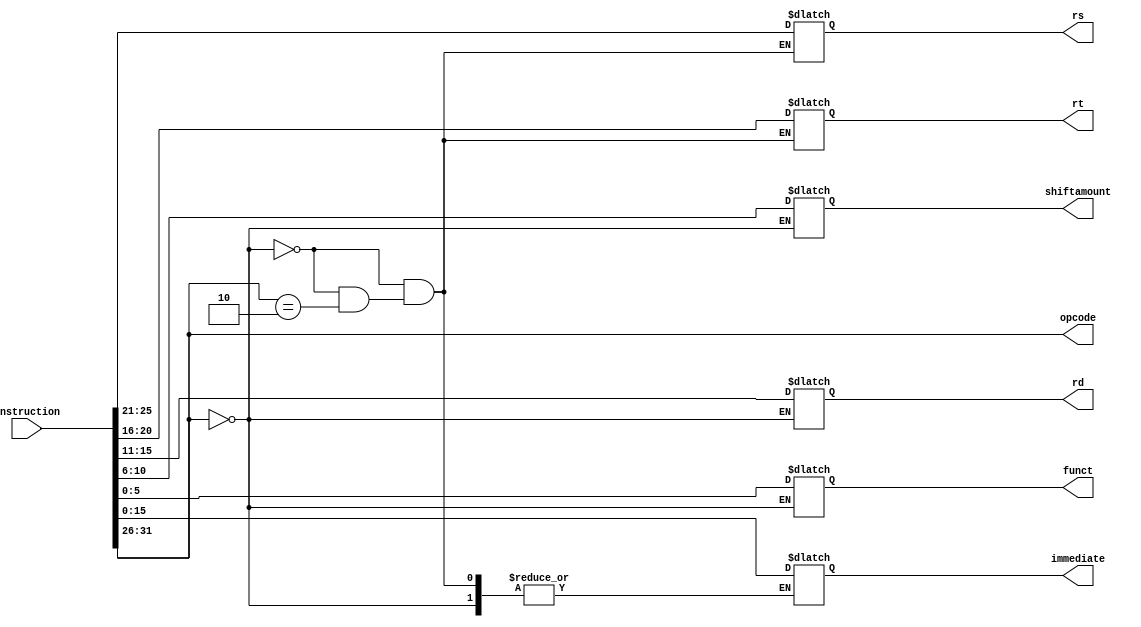
module instruction_parser(
	output wire [5:0] opcode,
	output reg [4:0] rs, rt, rd, shiftamount, 
	output reg [5:0] funct,
	output reg[15:0] immediate,
	input [31:0] instruction
);

	assign opcode = instruction[31:26];
	
	always @(instruction) begin
		// R-type
		if(opcode == 6'd0) begin
			shiftamount = instruction[10:6];
			rd = instruction[15:11];
			rt = instruction[20:16];
			rs = instruction[25:21];
			funct = instruction[5:0];
		end
		// J type
		else if(opcode == 6'h2) begin
	//		address = instruction[26:0];
		end
		// I type
		else begin
			rt = instruction[20:16];
			rs = instruction[25:21];
			immediate = instruction[15:0];
		end
        
        

	end
	
endmodule